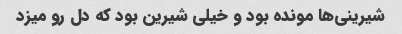
شیرینی‌ها مونده بود و خیلی شیرین بود که دل رو میزد